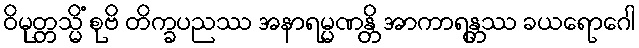
ဝိမုတ္တသ္မိံ စုဗိ တိက္ခပညဿ အနာရမ္မဏန္တိ အာကာရန္တဿ ခယရောဂေါ